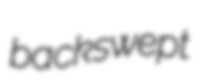
backswept